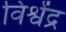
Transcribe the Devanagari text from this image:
विश्वेंद्र